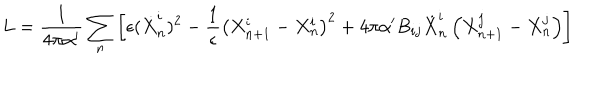
L = \frac { 1 } { 4 \pi \alpha ^ { \prime } } \sum _ { n } \left[ \epsilon ( \dot { X } _ { n } ^ { i } ) ^ { 2 } - \frac { 1 } { \epsilon } \left( X _ { n + 1 } ^ { i } - X _ { n } ^ { i } \right) ^ { 2 } + 4 \pi \alpha ^ { \prime } B _ { i j } \dot { X } _ { n } ^ { i } \left( X _ { n + 1 } ^ { j } - X _ { n } ^ { j } \right) \right]